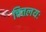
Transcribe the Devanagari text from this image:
चित्तलयः